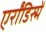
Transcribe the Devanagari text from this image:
एर्रोंडिस्में